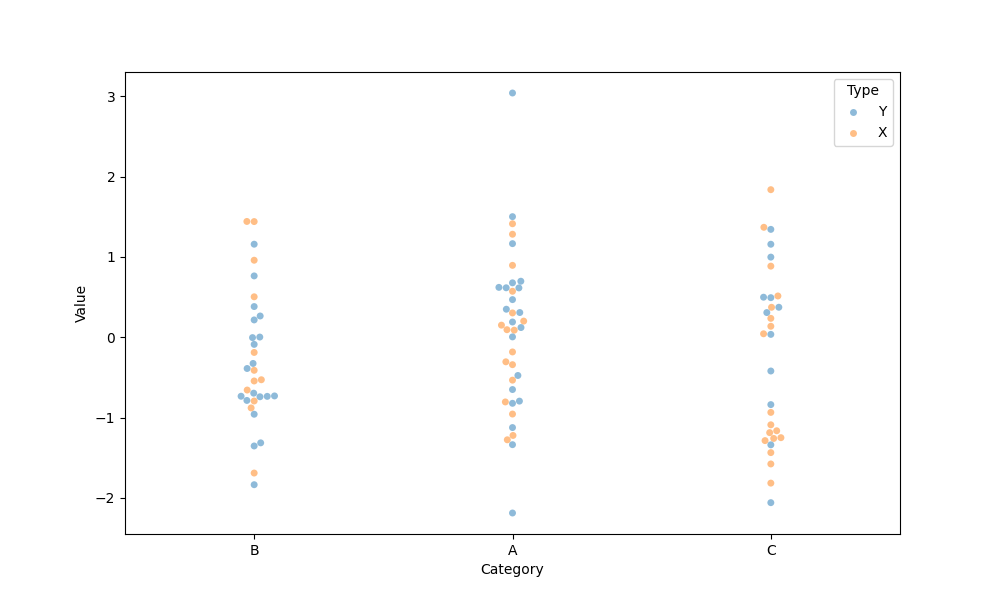
python, seaborn, swarmplot, dodge=False, alpha=0.5, size=5